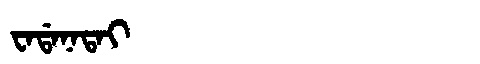
Manchu: ᠸᠠᡩᠠᠨᠠᡨᠠᡳ
Romanization: WADANATAI